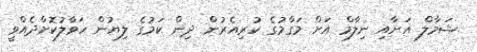
ޝަމާލް އަށާއި ނިލާމް އަށް މަގާމުގެ ކުރިއެރުން ދިން ކަމުގެ ލިޔުން ހަވާލުކޮށްދެއްވީ